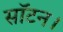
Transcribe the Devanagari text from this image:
सॉटन।